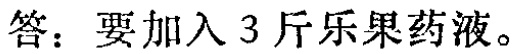
答：要加入 3 斤乐果药液。